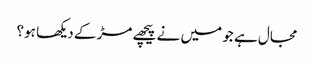
مجال ہے جو میں نے پیچھے مڑ کے دیکھا ہو؟